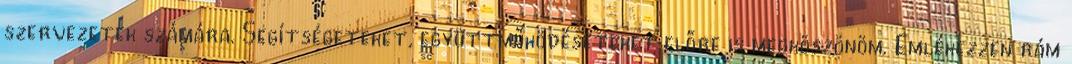
szervezetek számára. Segítségeteket, együttműködéseteket előre is megköszönöm. Emlékezzen rám